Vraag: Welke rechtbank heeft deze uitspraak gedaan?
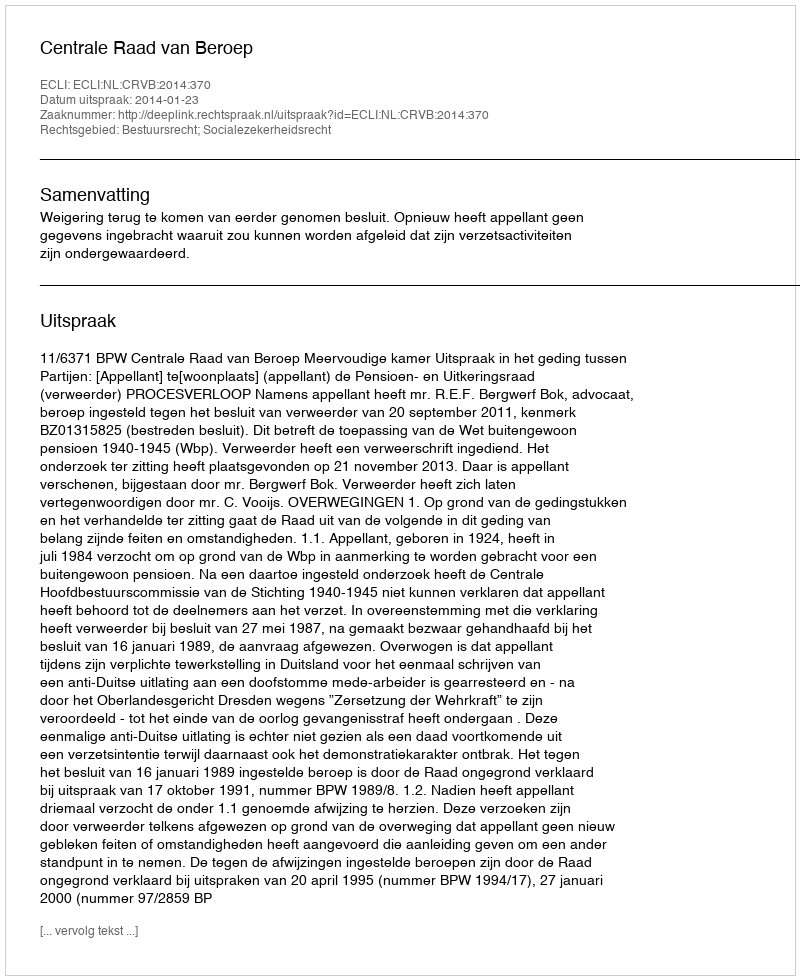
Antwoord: Centrale Raad van Beroep